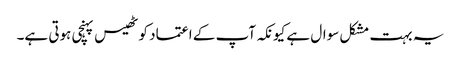
یہ بہت مشکل سوال ہے کیونکہ آپ کے اعتماد کو ٹھیس پہنچی ہوتی ہے۔